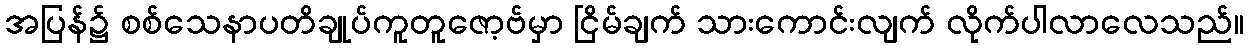
အပြန်၌ စစ်သေနာပတိချုပ်ကူတူဇော့ဗ်မှာ ငြိမ်ချက် သားကောင်းလျက် လိုက်ပါလာလေသည်။